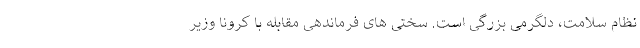
نظام سلامت، دلگرمی بزرگی است. سختی های فرماندهی مقابله با کرونا وزیر